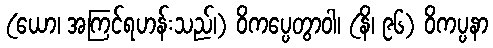
(ယော၊ အကြင်ရဟန်းသည်၊) ဝိကပ္ပေတွာဝါ၊ (နိ၊ ၉၆) ဝိကပ္ပနာ